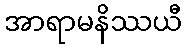
အာရာမနိဿယီ